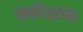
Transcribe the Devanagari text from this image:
नर्मदेवरच्या